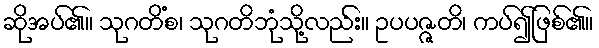
ဆိုအပ်၏။ သုဂတိံစ၊ သုဂတိဘုံသို့လည်း။ ဥပပဇ္ဇတိ၊ ကပ်၍ဖြစ်၏။